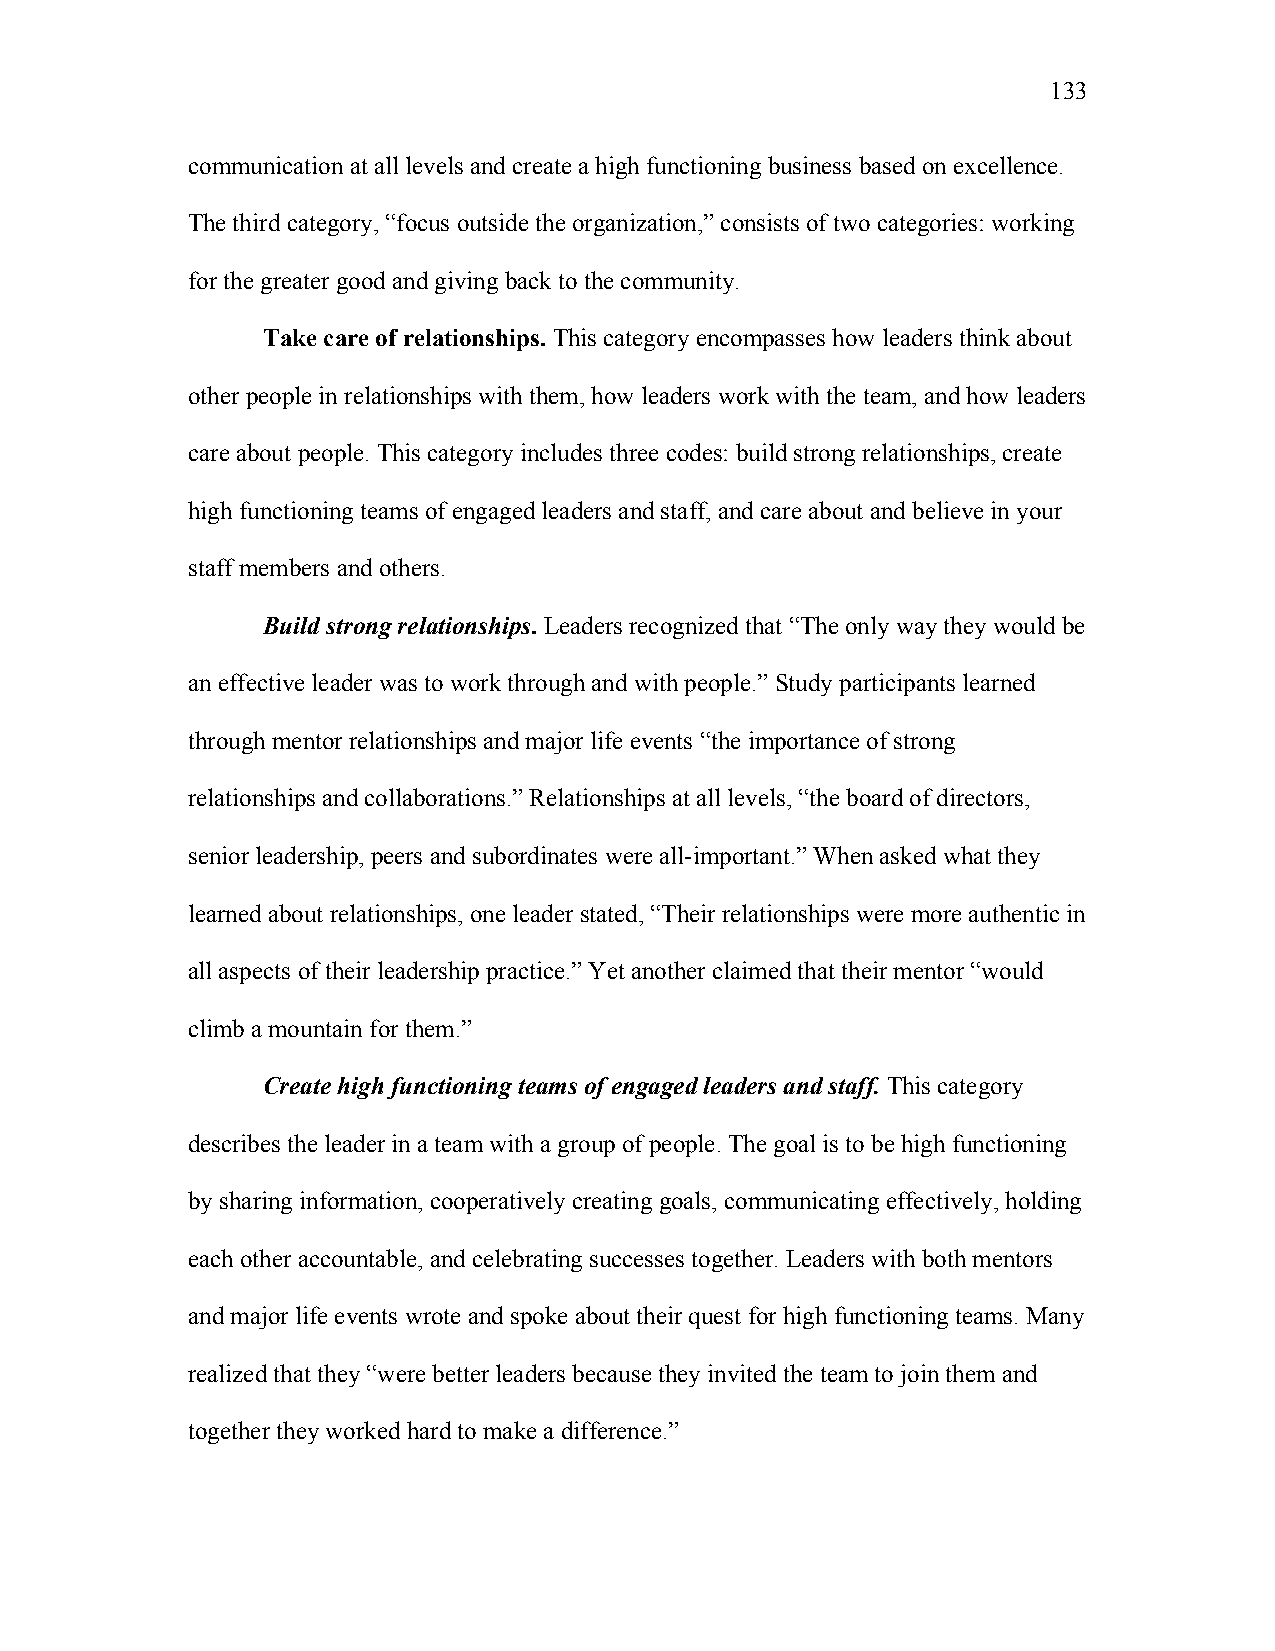
133
 communication at all levels and create a high functioning business based on excellence.
 The third category, “focus outside the organization,” consists of two categories: working
 for the greater good and giving back to the community.
 Take care of relationships. This category encompasses how leaders think about
 other people in relationships with them, how leaders work with the team, and how leaders
 care about people. This category includes three codes: build strong relationships, create
 high functioning teams of engaged leaders and staff, and care about and believe in your
 staff members and others.
 Build strong relationships. Leaders recognized that “The only way they would be
 an effective leader was to work through and with people.” Study participants learned
 through mentor relationships and major life events “the importance of strong
 relationships and collaborations.” Relationships at all levels, “the board of directors,
 senior leadership, peers and subordinates were all-important.” When asked what they
 learned about relationships, one leader stated, “Their relationships were more authentic in
 all aspects of their leadership practice.” Yet another claimed that their mentor “would
 climb a mountain for them.”
 Create high functioning teams of engaged leaders and staff. This category
 describes the leader in a team with a group of people. The goal is to be high functioning
 by sharing information, cooperatively creating goals, communicating effectively, holding
 each other accountable, and celebrating successes together. Leaders with both mentors
 and major life events wrote and spoke about their quest for high functioning teams. Many
 realized that they “were better leaders because they invited the team to join them and
 together they worked hard to make a difference.”